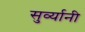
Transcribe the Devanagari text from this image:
सुर्व्यानी